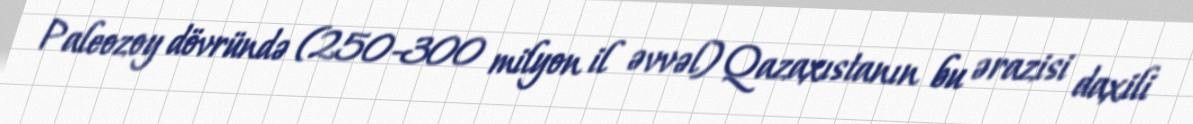
Paleozoy dövründə (250-300 milyon il əvvəl) Qazaxıstanın bu ərazisi daxili